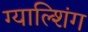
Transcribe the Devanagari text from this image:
ग्याल्शिंग